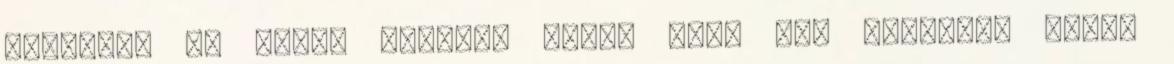
Santiago Mi indít valakit arra, hogy egy tizenkét kilós